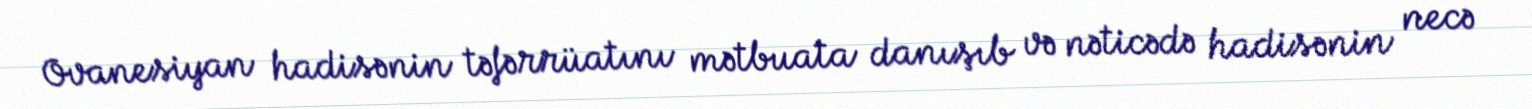
Ovanesiyan hadisənin təfərrüatını mətbuata danışıb və nəticədə hadisənin necə